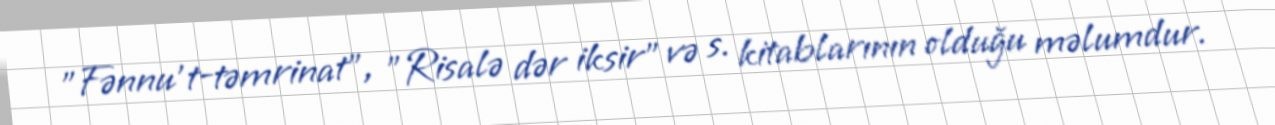
"Fənnu't-təmrinat", "Risalə dər iksir" və s. kitablarının olduğu məlumdur.